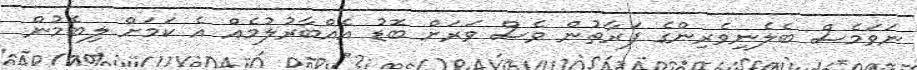
ނަވަމެސް ބެލެނިވެރިންގެ ފަރާތުން ވެސް ވަރަށް ބޮޑު އެއްބާރުލުމެއް އެ ކަމަށް ލިބެމުން